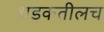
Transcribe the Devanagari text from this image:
धडकतीलच